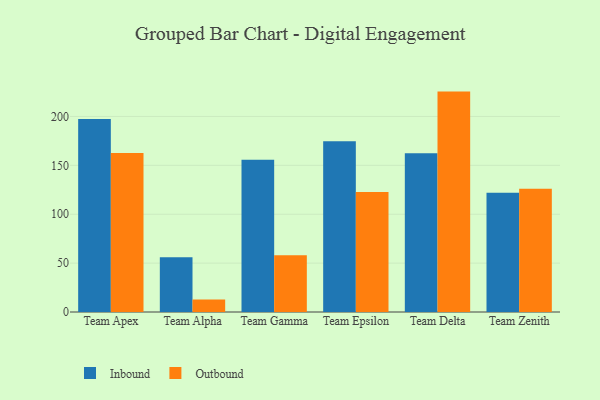
{"axis": {"x": "Team", "y": "Headcount"}, "legend": ["Inbound", "Outbound"], "data": [{"x": "Team Apex", "y": 197.3, "type": "Inbound"}, {"x": "Team Apex", "y": 162.6, "type": "Outbound"}, {"x": "Team Alpha", "y": 55.9, "type": "Inbound"}, {"x": "Team Alpha", "y": 12.7, "type": "Outbound"}, {"x": "Team Gamma", "y": 155.8, "type": "Inbound"}, {"x": "Team Gamma", "y": 58.0, "type": "Outbound"}, {"x": "Team Epsilon", "y": 174.7, "type": "Inbound"}, {"x": "Team Epsilon", "y": 122.6, "type": "Outbound"}, {"x": "Team Delta", "y": 162.4, "type": "Inbound"}, {"x": "Team Delta", "y": 225.4, "type": "Outbound"}, {"x": "Team Zenith", "y": 122.0, "type": "Inbound"}, {"x": "Team Zenith", "y": 126.1, "type": "Outbound"}]}